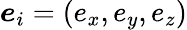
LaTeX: \boldsymbol{e}_{i}=\left(e_{x},e_{y},e_{z}\right)